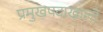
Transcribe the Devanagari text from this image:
प्रमुखपदाखाली